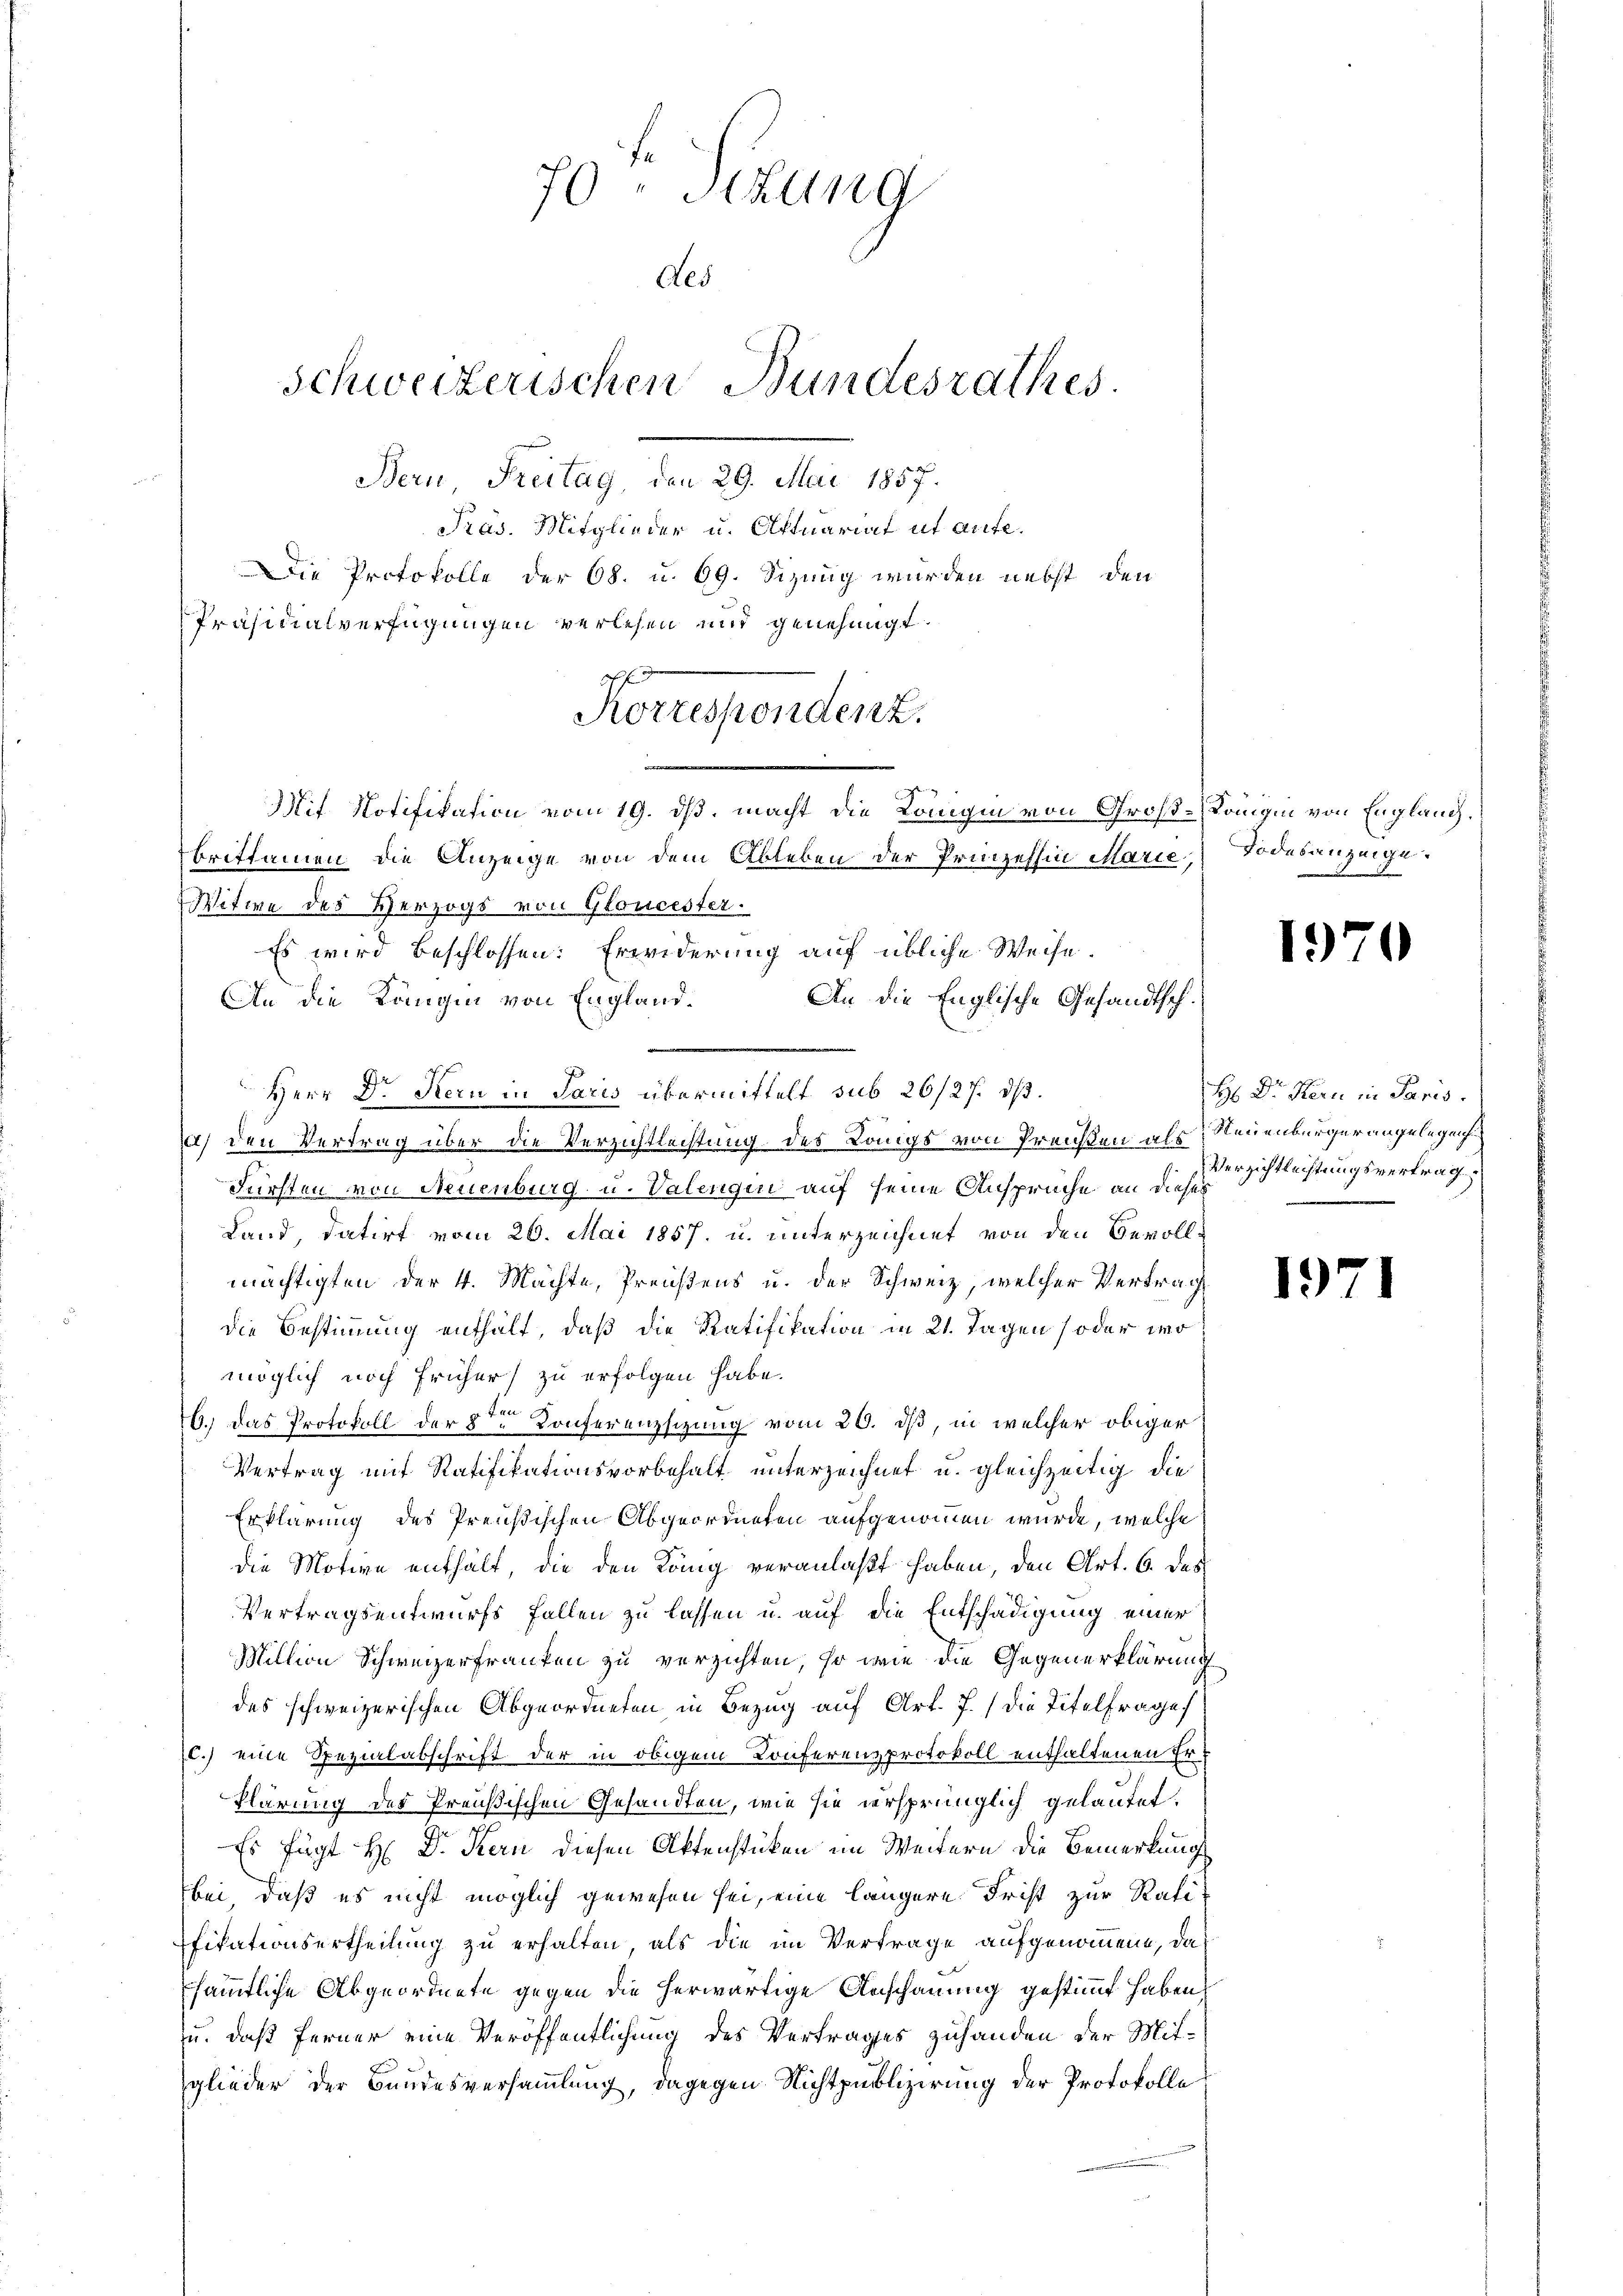
70. Sekung
des
Schweizerischen Bundesrathes
Bern, Freitag, den 29. Mai 1857.

Präs. Mitglieder u. Aktuariat ut aufe.
Die Protokolle der 68. u. 69. Sizung wurden nebst den
Präsidialverfügungen verlesen und genehmigt.
Korrespondenz.

Mit Notifikation vom 19. ds. macht die Königin von Groß-Königin von Englang,
Briflamen die Anzeige von dem Ableben der Prinzessin Marie,
Witwe des Herzogs von Gloucester.
Es wird beschlossen: Erwiderung auf übliche Weise.
An die Königin von England¬
Herr Dr. Kern in Paris übermittelt sub 26/27. d.
a) den Vertrag über die Verzichtlechtung des Langs von Preißen als Neuenburger angelegen
Fürsten von Neuenburg u. Valenqui auf seine Ansprüche an dieses
Land, datirt vom 26. Mai 1857. u. unterzeichnet von den Bevoll-
mächtigten der 4. Machte, Preußens u. der Schweiz, welcher Vertrag
die Bestimmung enthält, daß die Ratifikation in 21. Tagen (oder wo
möglich noch früher zu erfolgen habe.
6.) Das Protokoll der 8ten Konferenzsizung vom 20. dß, in welcher obiger
Vertrag mit Ratifikationsvorbehalt unterzeichnet u. gleichzeitig die
Erklärung des Preußischen Abgeordneten aufgenommen wurde, welche
die Motive enthält, die den König veranlaßt haben, den Art. 6. des
Vertragsentwurfs Fallen zu lassen u. auf die Entschädigung einer
Miltion Schweizerfranken zu verzichten, so wie die Gegenerklärung
des schweizerischen Abgeordneten, in Bezug auf Art. 7. die Titelfrage
l.) eine Spezialabschrift der in obigem Konferenzprotokoll enthaltenen Erklärung des Preußischen Gesandten, wie sie versprünglich gelautet.
Es fügt H: Dr. Kern diesen Aktenstücken im Weitern die Bemerkung
bei, daß es nicht möglich gewesen sei, eine längere Frist zur Rati-
Efikationsertheilung zu erhalten, als die im Vertrage aufgenommene, dasämmtliche Abgeordnete gegen die herwärtige Anschauung gestimmt haben,
u. daß ferner eine Veröffentlichung des Vertrages zuhanden der Mitglieder der Bandesversammlung, dagegen Nichtpublizierung der Protokolle

An die Englische Gesandtsch¬

Todesanzeige.

197

Sys Dr. Kern in Paris
Verzichtleichtungsvertrag

1

¬